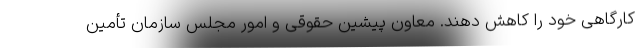
کارگاهی خود را کاهش دهند. معاون پیشین حقوقی و امور مجلس سازمان تأمین